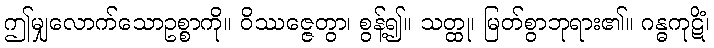
ဤမျှလောက်သောဥစ္စာကို။ ဝိဿဇ္ဇေတွာ၊ စွန့်၍။ သတ္ထု၊ မြတ်စွာဘုရား၏။ ဂန္ဓကုဋိံ၊